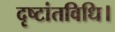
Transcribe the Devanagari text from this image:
दृष्टांतविधि।